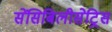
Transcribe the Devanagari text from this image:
सेंसिबिलीसेट्रिस